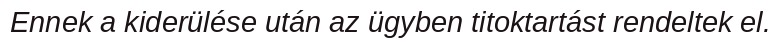
Ennek a kiderülése után az ügyben titoktartást rendeltek el.